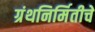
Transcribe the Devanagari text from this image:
ग्रंथनिर्मितीचे